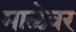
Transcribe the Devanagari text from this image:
माळेवर